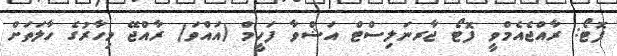
ފޮޓޯ: ރާއްޖެއެމްވީ ފޮޓޯ ޖާރނަލިސްޓް އަޝްވާ ފަހީމް (އައްވަ) ރާއްޖޭ މިހާރުގެ ހާލަތަށް